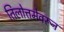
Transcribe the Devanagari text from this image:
तिलोत्तमेवरून